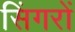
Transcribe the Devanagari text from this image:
सिंगरों